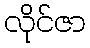
လိုင်ဇာ